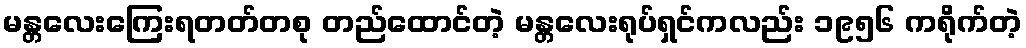
မန္တလေးကြေးရတတ်တစု တည်ထောင်တဲ့ မန္တလေးရုပ်ရှင်ကလည်း ၁၉၅၆ ကရိုက်တဲ့